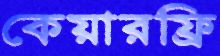
কেয়ারফ্রি